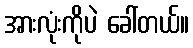
အားလုံးကိုပဲ ခေါ်တယ်။